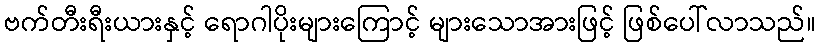
ဗက်တီးရီးယားနှင့် ရောဂါပိုးများကြောင့် များသောအားဖြင့် ဖြစ်ပေါ်လာသည်။